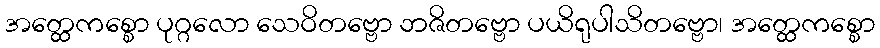
အတ္ထေကစ္စော ပုဂ္ဂလော သေဝိတဗ္ဗော ဘဇိတဗ္ဗော ပယိရုပါသိတဗ္ဗော၊ အတ္ထေကစ္စော